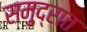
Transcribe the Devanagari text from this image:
समु्द्रात